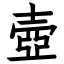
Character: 壺